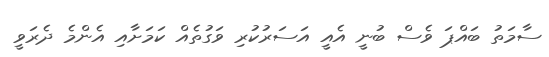
ސާމަތު ބައްޕަ ވެސް ބުނީ އެއީ އަސަރުކުރި ވަގުތެއް ކަމަށާއި އެންމެ ދެރަވީ